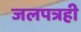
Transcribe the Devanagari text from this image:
जलपत्रही